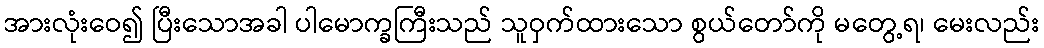
အားလုံးဝေ၍ ပြီးသောအခါ ပါမောက္ခကြီးသည် သူဝှက်ထားသော စွယ်တော်ကို မတွေ့ရ၊ မေးလည်း